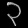
Digit: ၃